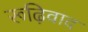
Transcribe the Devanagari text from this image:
रूढ़िवाद